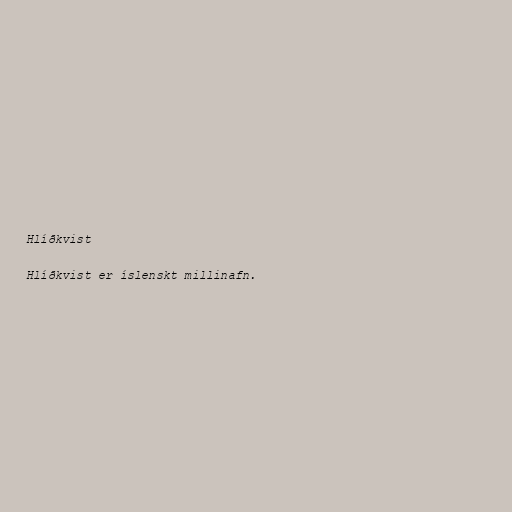
Hlíðkvist

Hlíðkvist er íslenskt millinafn.